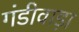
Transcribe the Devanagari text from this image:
गंडीवाड़ा